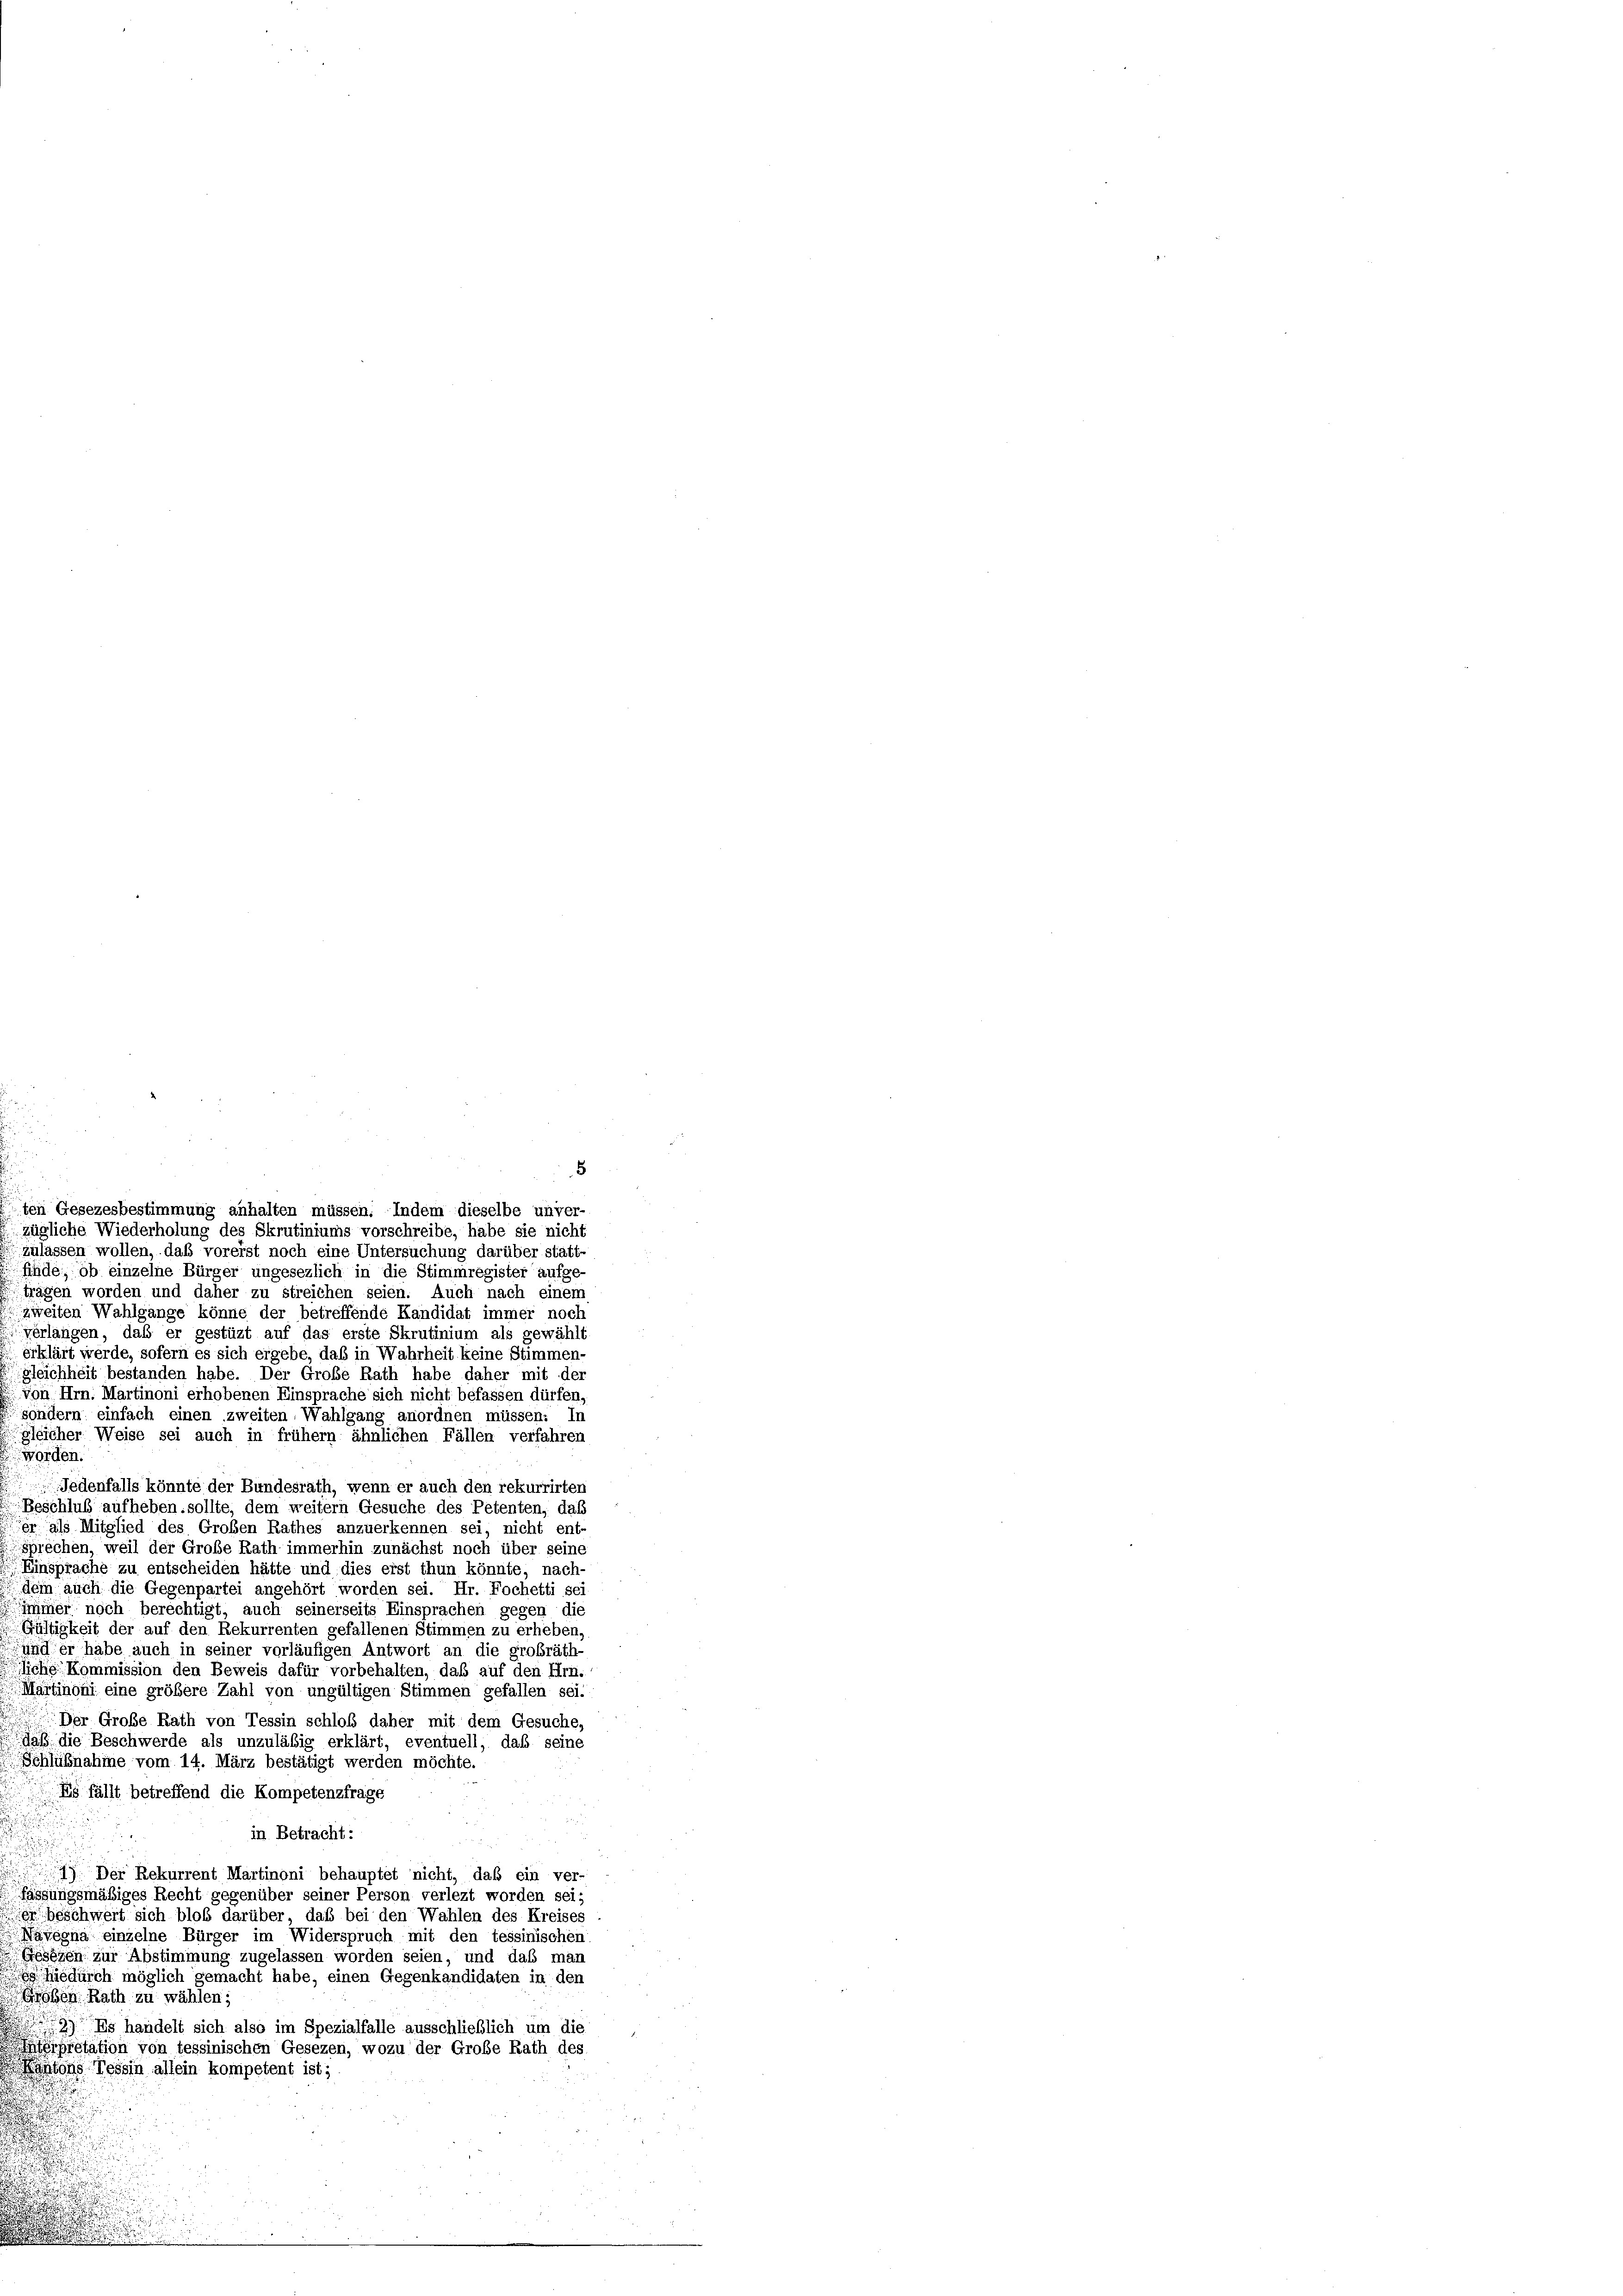
8
ten Gesezesbestimmung anhalten müssen. Indem dieselbe unver-
zügliche Wiederholung des Skrutiniums vorschreibe, habe sie nicht
zulassen wollen, daß vorerst noch eine Untersuchung darüber statt-
finde, ob einzelne Bürger ungesezlich in die Stimmregister aufge-
trägen worden und daher zu streichen seien. Auch nach einem
zweiten Wahlgänge könne der betreffende Kandidat immer noch
verlangen, daß er gestüzt auf das erste Skrutinium als gewählt
erklärt werde, sofern es sich ergebe, daß in Wahrheit keine Stimmen-
gleichheit bestanden habe. Der Große Rath habe daher mit der
von Hrn. Martinoni erhobenen Einsprache sich nicht befassen dürfen.
sondern einfach einen zweiten Wahlgang anordnen müssen. In
gleicher Weise sei auch in frühem ähnlichen Fällen verfahren
worden.
Jedenfalls könnte der Bundesrath, wenn er auch den rekurrirten
Beschluß aufheben, sollte, dem weitern Gesuche des Petenten, das
er als Mitglied des Großen Rathes anzuerkennen sei, nicht ent-
sprechen, weil der Große Rath immerhin zunächst noch über seine
Einsprache zu entscheiden hätte und dies erst thun könnte, nach-
dem auch die Gegenpartei angehört worden sei. Hr. Fochetti sei
immer noch berechtigt, auch seinerseits Einsprachen gegen die
Gültigkeit der auf den Rekurrenten gefallenen Stimmen zu erheben,
und er habe auch in seiner vorläufigen Antwort an die großräth-
liche Kommission den Beweis dafür vorbehalten, daß auf den Hrn.
Martinoni eine größere Zahl von ungültigen Stimmen gefallen sei.
Der Große Rath von Tessin schloß daher mit dem Gesuche,
daß die Beschwerde als unzuläßig erklärt, eventuell, daß seine
Schlußnahme vom 14. März bestätigt werden möchte.
Es fällt betreffend die Kompetenzfrage
in Betracht:
 Der Rekurrent Martinoni behauptet nicht, daß ein ver-
fassungsmäßiges Recht gegenüber seiner Person verlezt worden sei;
e beschwert sich bloß darüber, daß bei den Wahlen des Kreises
Navegna einzelne Bürger im Widerspruch mit den tessinischen
Essigen zur Abstimmung zugelassen worden seien, und daß man
Hiedurch möglich gemacht habe, einen Gegenkandidaten in den
Großen Rath zu wählen;
2) Es handelt sich also im Spezialfalle ausschließlich um die
épretation von tessinischen Gesezen, wozu der Große Rath des
Kantons Tessin allein kompetent ist;

.